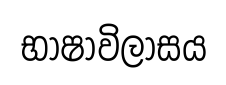
භාෂාවිලාසය